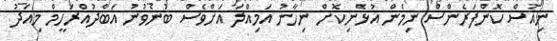
ނިއުސް ކޮންފަރެންސް ނިމެން އުޅެނިކޮށް ނިހާނު އަމިއްލަ އަށްވެސް ބުނެވުނު އަބްދުއްރަހީމް މިއަދު